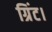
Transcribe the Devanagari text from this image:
ग्रिंट।